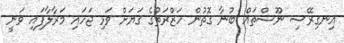
އިނގިރޭސި ނޫސްތައް ބުނާ ގޮތުން ހަޒްރަތުގެ ގަޔަށް ވަޅި ޖަހައި މަރާލާފައި ވަނީ